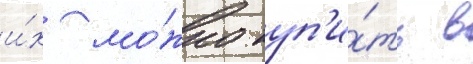
и́х мо́жно куп'и́ть в